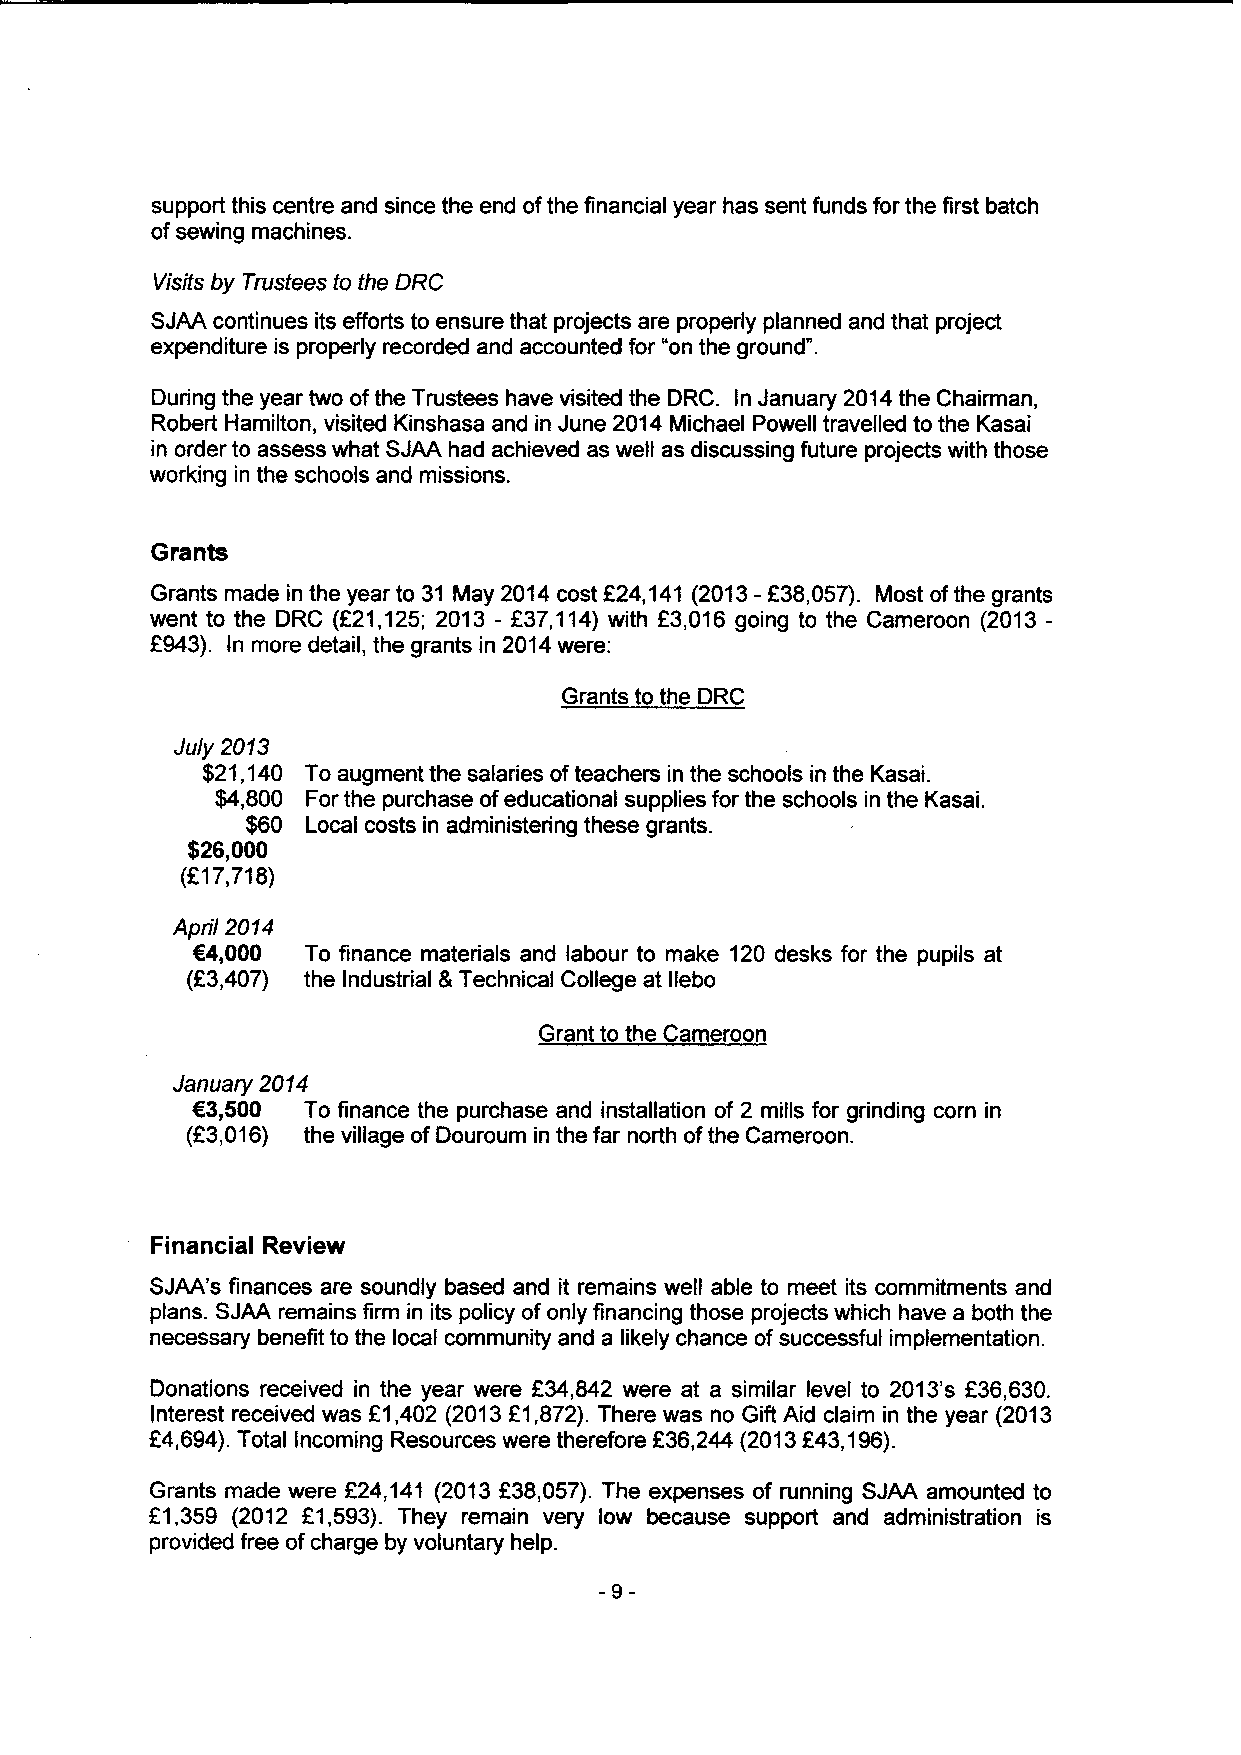
support this centre and since the end ofthe financial year has sent funds for the first batch
 ofsewing machines.
 Visits by Trustees to the ORC
 SJAA continues its efforts to ensure that projects are properly planned and that project
 expenditure is properly recorded and accounted for "on the ground".
 During the year two ofthe Trustees have visited the DRC. In January 2014the Chairman,
 Robert Hamilton, visited Kinshasa and in June 2014 Michael Powell travelled to the Kasai
 in order to assess what SJAA had achieved as well as discussing future projects with those
 working in the schools and missions.
 Grants
 Grants made in the year to 31 May 2014cost f 24,141 (2013-638,057). Most ofthe grants
 went to the DRC (f21,125; 2013 - 237,114)with f3,016 going to the Cameroon (2013-
 2943). In more detail, the grants in 2014were:
 Grants to the DRC
 Ju/y 2013
 $21,140 To augment the salaries ofteachers in the schools in the Kasai.
 $4,800 For the purchase ofeducational supplies for the schools in the Kasai.
 $60 Local costs in administering these grants.
 $26,000
 (617,718)
 April 2014
 C4,000 To finance materials and labour to make 120 desks for the pupils at
 (F3,407) the Industrial 8 Technical College at llebo
 Grant to the Cameroon
 January 2014
 C3,500 To finance the purchase and installation of 2 mills for grinding corn in
 (R3,016) the village of Douroum in the far north ofthe Cameroon.
 Financial Review
 SJAA's finances are soundly based and it remains well able to meet its commitments and
 plans. SJAA remains firm in its policy ofonly financing those projects which have a both the
 necessary benefit to the local community and a likely chance ofsuccessful implementation.
 Donations received in the year were F34,842 were at a similar level to 2013's 236,630.
 Interest received was E1,402 (2013f1,872).There was no Gift Aid claim in the year (2013
 f
 P4,694).Total Incoming Resources were therefore 36,244 (2013F43,196).
 Grants made were f24,141 (2013f38,057). The expenses of running SJAA amounted to
 E1,359 (2012 f1,593). They remain very low because support and administration is
 provided free ofcharge by voluntary help.